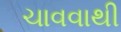
ચાવવાથી